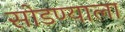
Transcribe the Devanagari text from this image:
सोडण्याला